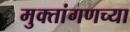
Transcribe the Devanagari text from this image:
मुक्तांगणच्या